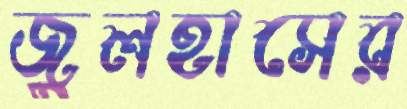
জুলহাসের